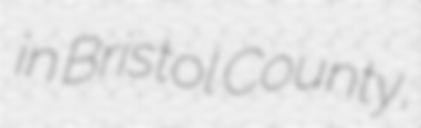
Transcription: in Bristol County,